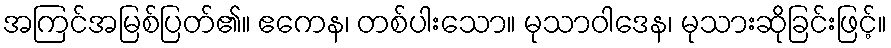
အကြင်အမြစ်ပြတ်၏။ ဧကေန၊ တစ်ပါးသော။ မုသာဝါဒေန၊ မုသားဆိုခြင်းဖြင့်။